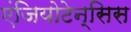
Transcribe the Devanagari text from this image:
एंजियोटेन्सिस